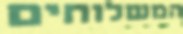
המשלוחים